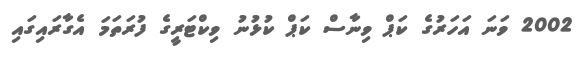
2002 ވަނަ އަހަރުގެ ކަޕް ވިނާސް ކަޕް ކުޅުނު ވިކްޓަރީގެ ފުރަތަމަ އެގާރައިގައި